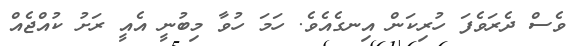
ވެސް ދެރަވެފަ ހުރިކަން އިނގެއެވެ. ހަމަ ހުވާ މިބުނީ އެއީ ރަށު ކުއްޖެއް